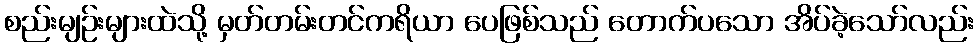
စည်းမျဉ်းများထဲသို့ မှတ်တမ်းတင်ကရိယာ ပေဖြစ်သည် တောက်ပသော အိပ်ခဲ့သော်လည်း